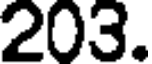
203.